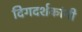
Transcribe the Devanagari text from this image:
दिगदर्शकांनी